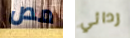
مص ردائي